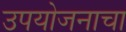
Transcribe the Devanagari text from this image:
उपयोजनाचा